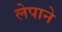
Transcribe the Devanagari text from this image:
लेपाने